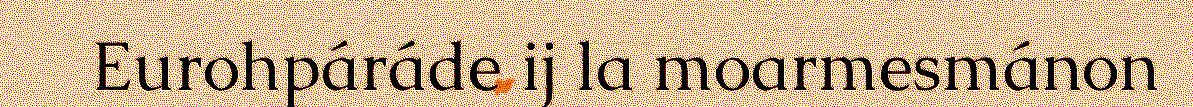
Eurohpáráde ij la moarmesmánon